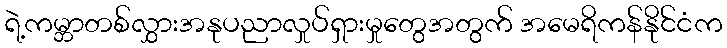
ရဲ့ကမ္ဘာတစ်လွှားအနုပညာလှုပ်ရှားမှုတွေအတွက် အမေရိကန်နိုင်ငံက